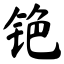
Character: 铯